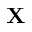
\mathbf { X }